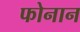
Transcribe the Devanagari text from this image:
फोनान